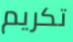
تكريم